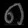
Digit: ၈